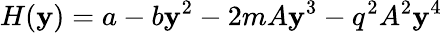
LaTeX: H(\mathbf{y})=a-b\mathbf{y}^{2}-2mA\mathbf{y}^{3}-q^{2}A^{2}\mathbf{y}^{4}